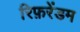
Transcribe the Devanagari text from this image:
रिफ़रेंडम